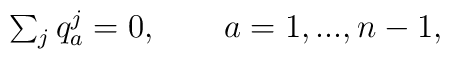
\begin{array}{lcr}\sum_{j}q^j_a=0,\qquad a=1,...,n-1,\end{array}